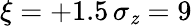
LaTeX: \xi=+1.5\, \sigma_{\mathit{z}}=9